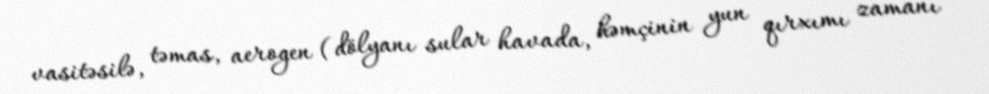
vasitəsilə, təmas, aerogen (dölyanı sular havada, həmçinin yun qırxımı zamanı